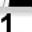
Digit: 1